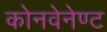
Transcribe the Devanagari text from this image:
कोनवेनेण्ट